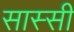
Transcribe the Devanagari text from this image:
सास्सी